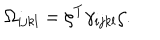
\Omega _ { i j k l } = \zeta ^ { T } \gamma _ { i j k l } \zeta .